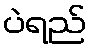
ပဲရည်